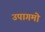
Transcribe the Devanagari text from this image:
उपागमो